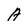
Character: A